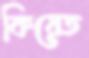
কিয়েত